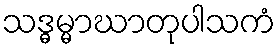
သဒ္ဓမ္မာဃာတုပါသကံ